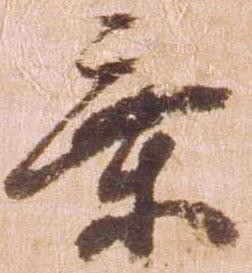
乗